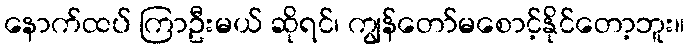
နောက်ထပ် ကြာဦးမယ် ဆိုရင်၊ ကျွန်တော်မစောင့်နိုင်တော့ဘူး။